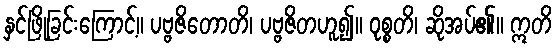
နှင်ဖြိုခြင်းကြောင့်။ ပဗ္ဗဇိတောတိ၊ ပဗ္ဗဇိတဟူ၍။ ဝုစ္စတိ၊ ဆိုအပ်၏။ ဣတိ